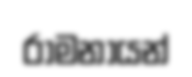
රාමනායන්